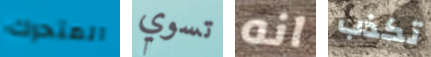
المتحرك تسوي انه تكذب